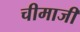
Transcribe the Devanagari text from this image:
चीमाजी